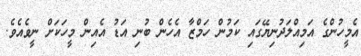
އެމީހުންގެ އަމިއްލަދުނިޔޭގައި ކަމުން ހަމްޒާ އެހެން ބުނި އަޑު އެއިން މީހަކަށް ނީވެއެވެ.